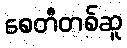
စေတီတစ်ဆူ